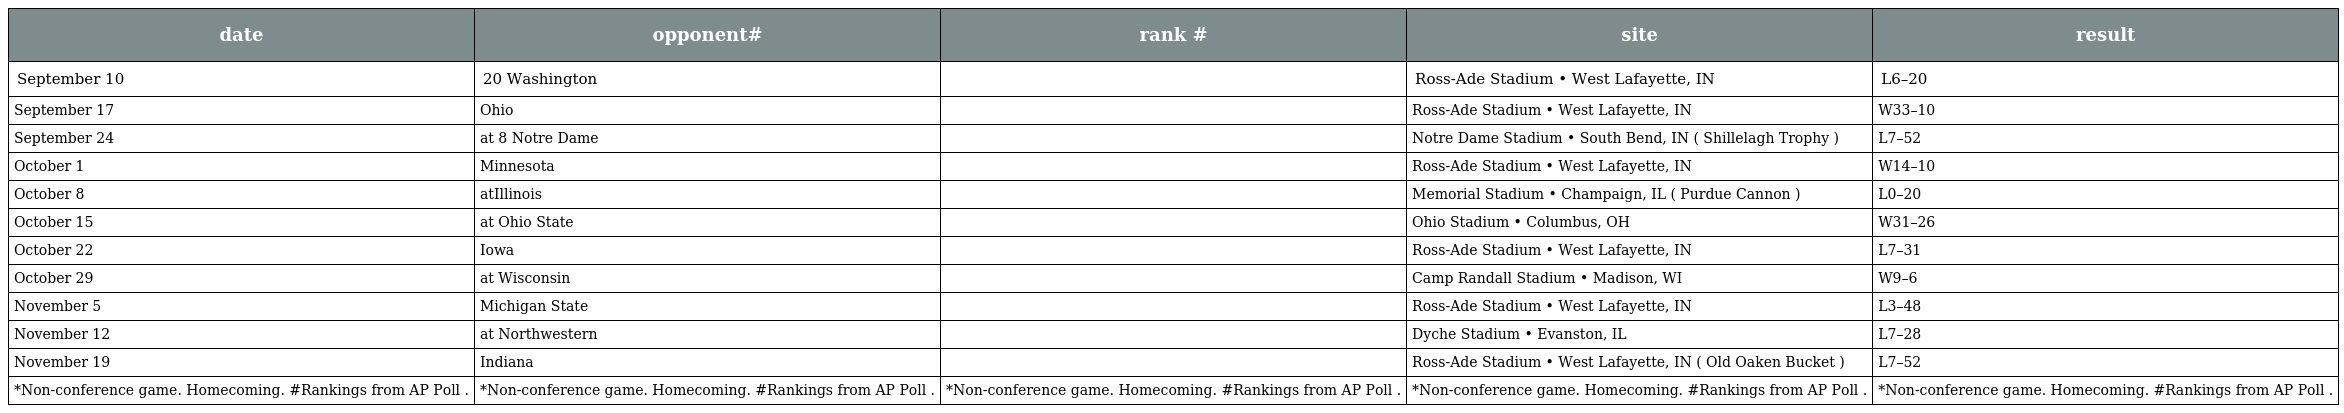
| date | opponent# | rank # | site | result |
 | --- | --- | --- | --- | --- |
 | September 10 | 20 Washington |  | Ross-Ade Stadium • West Lafayette, IN | L6–20 |
 | September 17 | Ohio |  | Ross-Ade Stadium • West Lafayette, IN | W33–10 |
 | September 24 | at 8 Notre Dame |  | Notre Dame Stadium • South Bend, IN ( Shillelagh Trophy ) | L7–52 |
 | October 1 | Minnesota |  | Ross-Ade Stadium • West Lafayette, IN | W14–10 |
 | October 8 | atIllinois |  | Memorial Stadium • Champaign, IL ( Purdue Cannon ) | L0–20 |
 | October 15 | at Ohio State |  | Ohio Stadium • Columbus, OH | W31–26 |
 | October 22 | Iowa |  | Ross-Ade Stadium • West Lafayette, IN | L7–31 |
 | October 29 | at Wisconsin |  | Camp Randall Stadium • Madison, WI | W9–6 |
 | November 5 | Michigan State |  | Ross-Ade Stadium • West Lafayette, IN | L3–48 |
 | November 12 | at Northwestern |  | Dyche Stadium • Evanston, IL | L7–28 |
 | November 19 | Indiana |  | Ross-Ade Stadium • West Lafayette, IN ( Old Oaken Bucket ) | L7–52 |
 | *Non-conference game. Homecoming. #Rankings from AP Poll . | *Non-conference game. Homecoming. #Rankings from AP Poll . | *Non-conference game. Homecoming. #Rankings from AP Poll . | *Non-conference game. Homecoming. #Rankings from AP Poll . | *Non-conference game. Homecoming. #Rankings from AP Poll . |